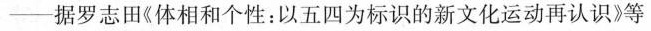
——据罗志田《体相和个性：以五四为标识的新文化运动再认识》等